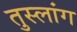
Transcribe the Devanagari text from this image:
तुस्‍लांग